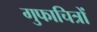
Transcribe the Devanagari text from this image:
गुफाचित्रों